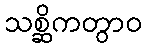
သစ္ဆိကတွာဝ